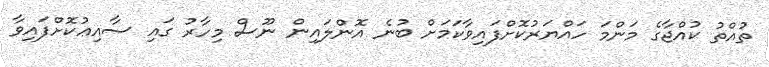
ތުއްތު ކުއްޖާގެ މަންމަ ހައްޔަރުކޮށްފައިވާކަމަށް ބުނެ އޮންލައިން ނޫސް މިހާރު ގައި ސާއިޢުކޮށްފައިވާ